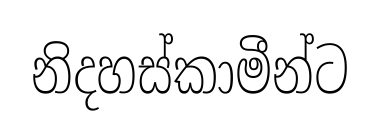
නිදහස්කාමීන්ට